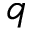
q